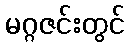
မဂ္ဂဇင်းတွင်